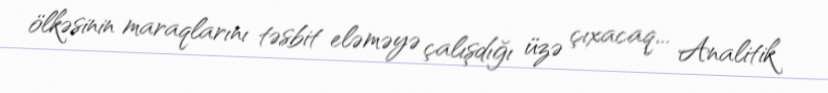
ölkəsinin maraqlarını təsbit eləməyə çalışdığı üzə çıxacaq... Analitik